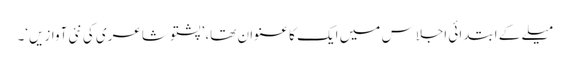
میلے کے ابتدائی اجلاس میں ایک کا عنوان تھا، ’پشتو شاعری کی نئی آوازیں‘۔